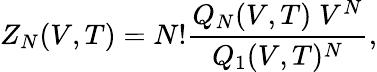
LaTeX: Z_{N}(V,T)=N!\frac{Q_{N}(V,T)\; V^{N}}{Q_{1}(V,T)^{N}},